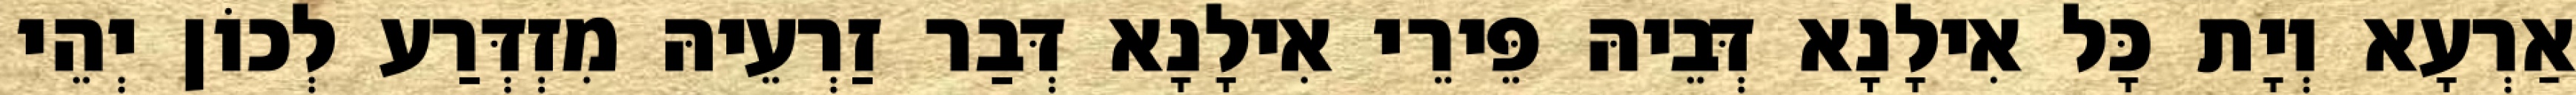
אַרְעָא וְיָת כָּל אִילָנָא דְּבֵיהּ פֵּירֵי אִילָנָא דְּבַר זַרְעֵיהּ מִזְדְּרַע לְכוֹן יְהֵי